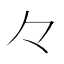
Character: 𠚤